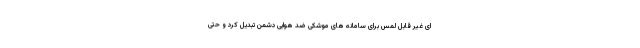
ای غیر قابل لمس برای سامانه های موشکی ضد هوایی دشمن تبدیل کرد و حتی